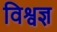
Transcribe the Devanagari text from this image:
विश्वज्ञ